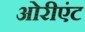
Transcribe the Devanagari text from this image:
ओरीएंट